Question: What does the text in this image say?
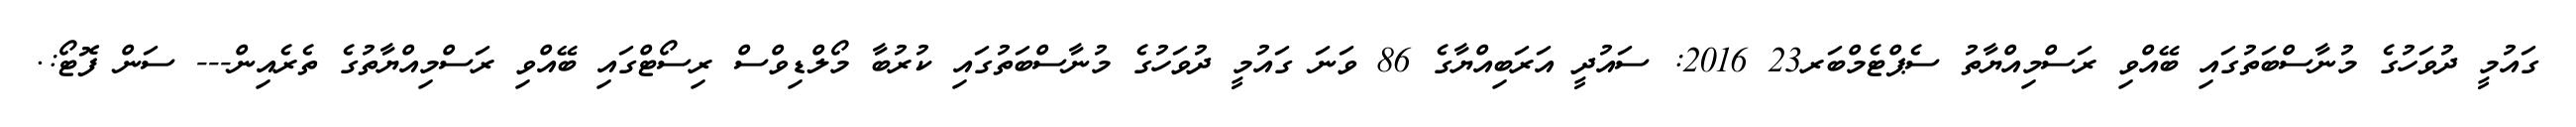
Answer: ގައުމީ ދުވަހުގެ މުނާސްބަތުގައި ބޭއްވި ރަސްމިއްޔާތު ސެޕްޓެމްބަރ23 2016: ސައުދީ އަރަބިއްޔާގެ 86 ވަނަ ގައުމީ ދުވަހުގެ މުނާސްބަތުގައި ކުރުބާ މޯލްޑިވްސް ރިސޯޓްގައި ބޭއްވި ރަސްމިއްޔާތުގެ ތެރެއިން--- ސަން ފޮޓޯ:.